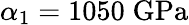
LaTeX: \alpha_{1}=1050\; \mathrm{GPa}